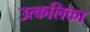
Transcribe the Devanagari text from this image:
उत्‍कलिका